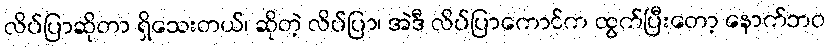
လိပ်ပြာဆိုတာ ရှိသေးတယ်၊ ဆိုတဲ့ လိပ်ပြာ၊ အဲဒီ လိပ်ပြာကောင်က ထွက်ပြီးတော့ နောက်ဘဝ